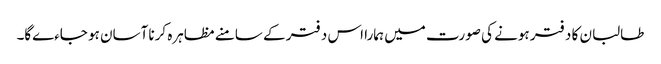
طالبان کا دفتر ہونے کی صورت میں ہمارا اس دفتر کے سامنے مظاہرہ کرنا آسان ہو جاءےگا۔